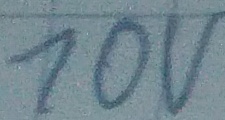
Text: 10V